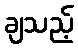
ချသည့်